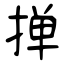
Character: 掸